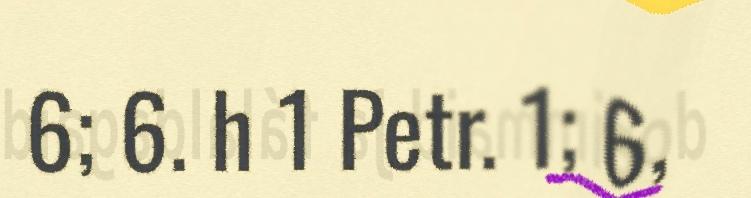
6; 6. h 1 Petr. 1; 6,